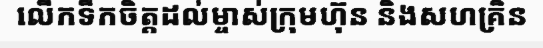
លើកទឹកចិត្តដល់ម្ចាស់ក្រុមហ៊ុន និងសហគ្រិន